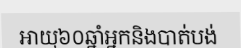
អាយុ៦០ឆ្នាំអ្នកនិងបាត់បង់